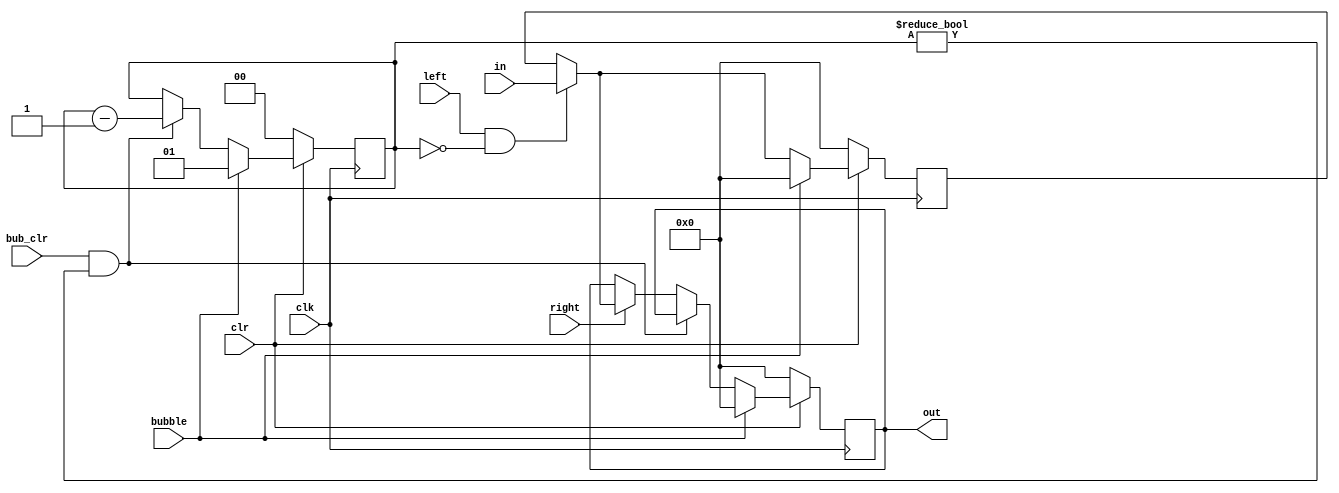
`timescale 1ns / 1ps
//////////////////////////////////////////////////////////////////
//
// Michael Rudy & Russell Brooks
// University of Kentucky
// EE 480 Spring 2014
//
// Module: psr.v 
// Dependencies: N/A
//
// Description: pipeline stage register
//
//
/////////////////////////////////////////////////////////////////

module psr(in, out, left, right, bubble, bub_clr, clr, clk);
    parameter n = 30;
	 
    input [n - 1 : 0] in;
    input left, right, bubble, bub_clr, clr, clk;
    output reg [n - 1 : 0] out;
	 reg [n - 1 : 0] data_in;
    reg [1 : 0] bub_reg;
    
    always @ (posedge clk) begin
        if(!clr) begin  // clear pipeline stage register
            out = 0;
            data_in = 0;
            bub_reg = 0;
        end else if(bubble) begin
            out = 0;
            data_in = 0;
            bub_reg = 1;
        end else begin
            if(left && !bub_reg) begin  // load all
                data_in = in;
            end else begin
                data_in = data_in;  
				end
            
				if(bub_clr == 1 && bub_reg != 0) begin  // bubble
                bub_reg = bub_reg - 1; 
            end else if(right) begin  // move everything to the right
                out = data_in;
            end else begin
                out = out;
				end
        end
    end
    
endmodule